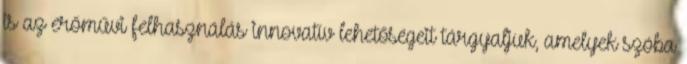
is az erőművi felhasználás innovatív lehetőségeit tárgyaljuk, amelyek szóba